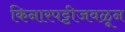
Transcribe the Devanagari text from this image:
किनारपट्टीजवळून